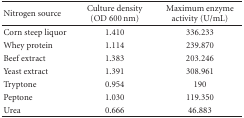
<table><thead><tr><td><b> Nitrogen source</b></td><td><b>Culture density (OD 600 nm)</b></td><td><b>Maximum enzyme activity (U/mL)</b></td></tr></thead><tbody><tr><td>Corn steep liquor</td><td>1.410</td><td>336.233</td></tr><tr><td>Whey protein</td><td>1.114</td><td>239.870</td></tr><tr><td>Beef extract</td><td>1.383</td><td>203.246</td></tr><tr><td>Yeast extract</td><td>1.391</td><td>308.961</td></tr><tr><td>Tryptone</td><td>0.954</td><td>190</td></tr><tr><td>Peptone</td><td>1.030</td><td>119.350</td></tr><tr><td>Urea</td><td>0.666</td><td>46.883</td></tr></tbody></table>